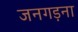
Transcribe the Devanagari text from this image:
जनगड़ना